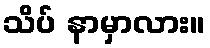
သိပ် နာမှာလား။